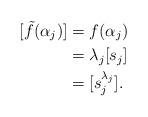
LaTeX: \begin{align*}[\tilde{f}(\alpha_j)]&=f(\alpha_j)\\&=\lambda_j[s_j]\\&=[s_j^{\lambda_j}].\end{align*}